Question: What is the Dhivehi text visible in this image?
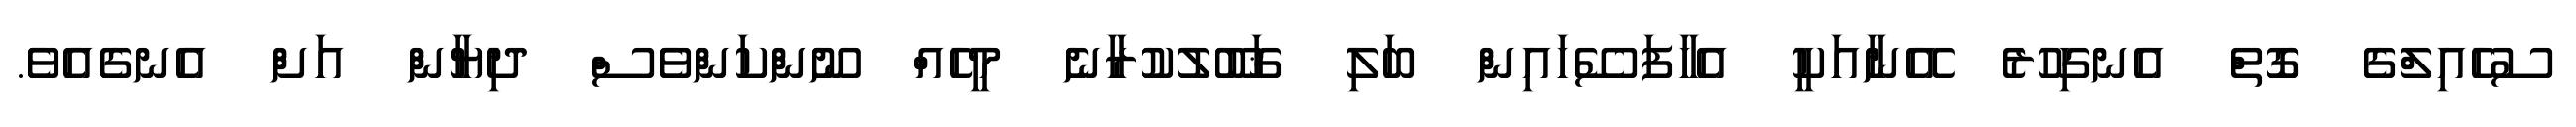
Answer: ސުހެއިލްގެ ގޮތް އެނގިހުރެ އޭނާއަކީ އެހާފަސޭހައިން ބަލި ޤަބޫލުކުރާނެ މީހެއް ނޫންކަންވެސް ދިޔާން އަށް އެނގެއެވެ.